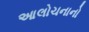
આલોચનાનો